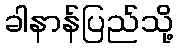
ခါနာန်ပြည်သို့